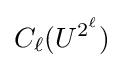
C_{\ell }(U^{2^{\ell }})